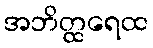
အဘိတ္ထရေထ